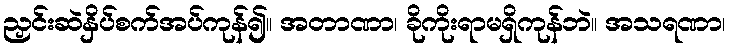
ညှင်းဆဲနှိပ်စက်အပ်ကုန်၍။ အတာဏာ၊ ခိုကိုးရာမရှိကုန်ဘဲ။ အသရဏာ၊